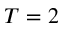
T = 2